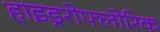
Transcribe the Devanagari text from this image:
हाइड्ररोफ्लोरिक